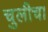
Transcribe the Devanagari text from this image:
चुलीचा